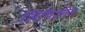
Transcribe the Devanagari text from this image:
लिथिओस